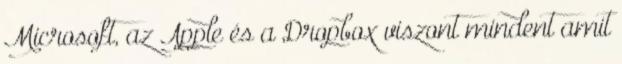
Microsoft, az Apple és a Dropbox viszont mindent amit